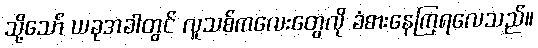
သို့သော် ယခုအခါတွင် လူသစ်ကလေးတွေလို ခံစားနေကြရလေသည်။